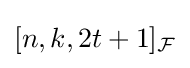
[n,k,2t+1]_{\mathcal {F}}